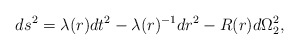
\begin{align*}ds^2 = \lambda(r)dt^2 - \lambda(r)^{-1}dr^2 - R(r)d\Omega_2^2,\end{align*}